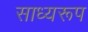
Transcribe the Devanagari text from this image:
साध्यरूप